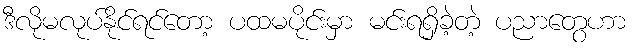
ဒီလိုမလုပ်နိုင်ရင်တော့ ပထမပိုင်းမှာ မင်းရရှိခဲ့တဲ့ ပညာတွေဟာ